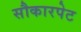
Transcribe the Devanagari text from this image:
सौकारपेट